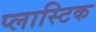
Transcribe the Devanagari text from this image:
प्‍लास्‍टिक